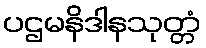
ပဌမနိဒါနသုတ္တံ